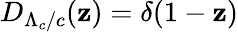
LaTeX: D_{\Lambda_{c}/c}(\mathbf{z})=\delta(1-\mathbf{z})